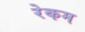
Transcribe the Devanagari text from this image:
रेकम